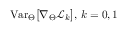
\mathrm { V a r } _ { \Theta } \big [ \nabla _ { \Theta } \mathcal { L } _ { k } \big ] , \, k = 0 , 1